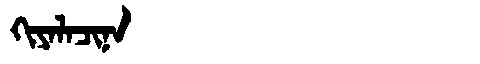
Manchu: ᡴᡳᠶᠠᠯᠠᠴᡳᠨᠠ
Romanization: KIYALACINA